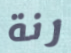
رنة